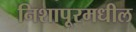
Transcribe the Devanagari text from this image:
निशापूरमधील